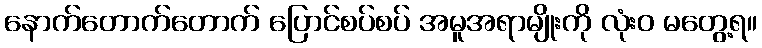
နောက်တောက်တောက် ပြောင်စပ်စပ် အမူအရာမျိုးကို လုံးဝ မတွေ့ရ။